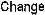
CHANGE